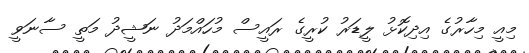
މިއީ މިހާރުގެ އިދިކޮޅު ލީޑަރު ކުރީގެ ރައީސް މުހައްމަދު ނަޝީދު މަތީ ސާނަވީ